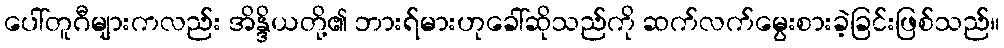
ပေါ်တူဂီများကလည်း အိန္ဒိယတို့၏ ဘားရ်မားဟုခေါ်ဆိုသည်ကို ဆက်လက်မွေးစားခဲ့ခြင်းဖြစ်သည်။